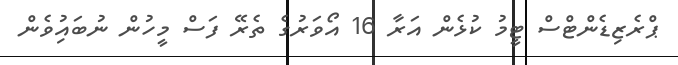
ޕްރެޒިޑެންޓްސް ޓީމު ކުޅެން އަރާ 16 އޯވަރުގެ ތެރޭ ފަސް މީހުން ނުބައިުވެން